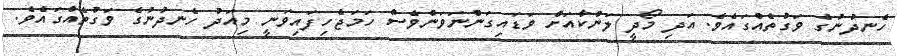
ހެނދުނުގެ ވަގުތެއްގައެވެ. އަދި މޯދީ ލަންކާއަށް ވަޑައިގަންނަވަންވެސް ހަމަޖެހިފައިވަނީ މިއަދު ހެނދުނުގެ ވަގުތެއްގައެވެ.